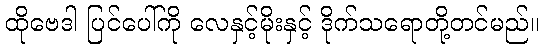
ထိုဗေဒါ ပြင်ပေါ်ကို လေနှင့်မိုးနှင့် ဒိုက်သရောတို့တင်မည်။